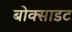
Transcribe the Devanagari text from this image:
बोक्साइट